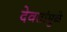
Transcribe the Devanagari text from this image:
देवतांमुळे